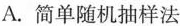
A.简单随机抽样法